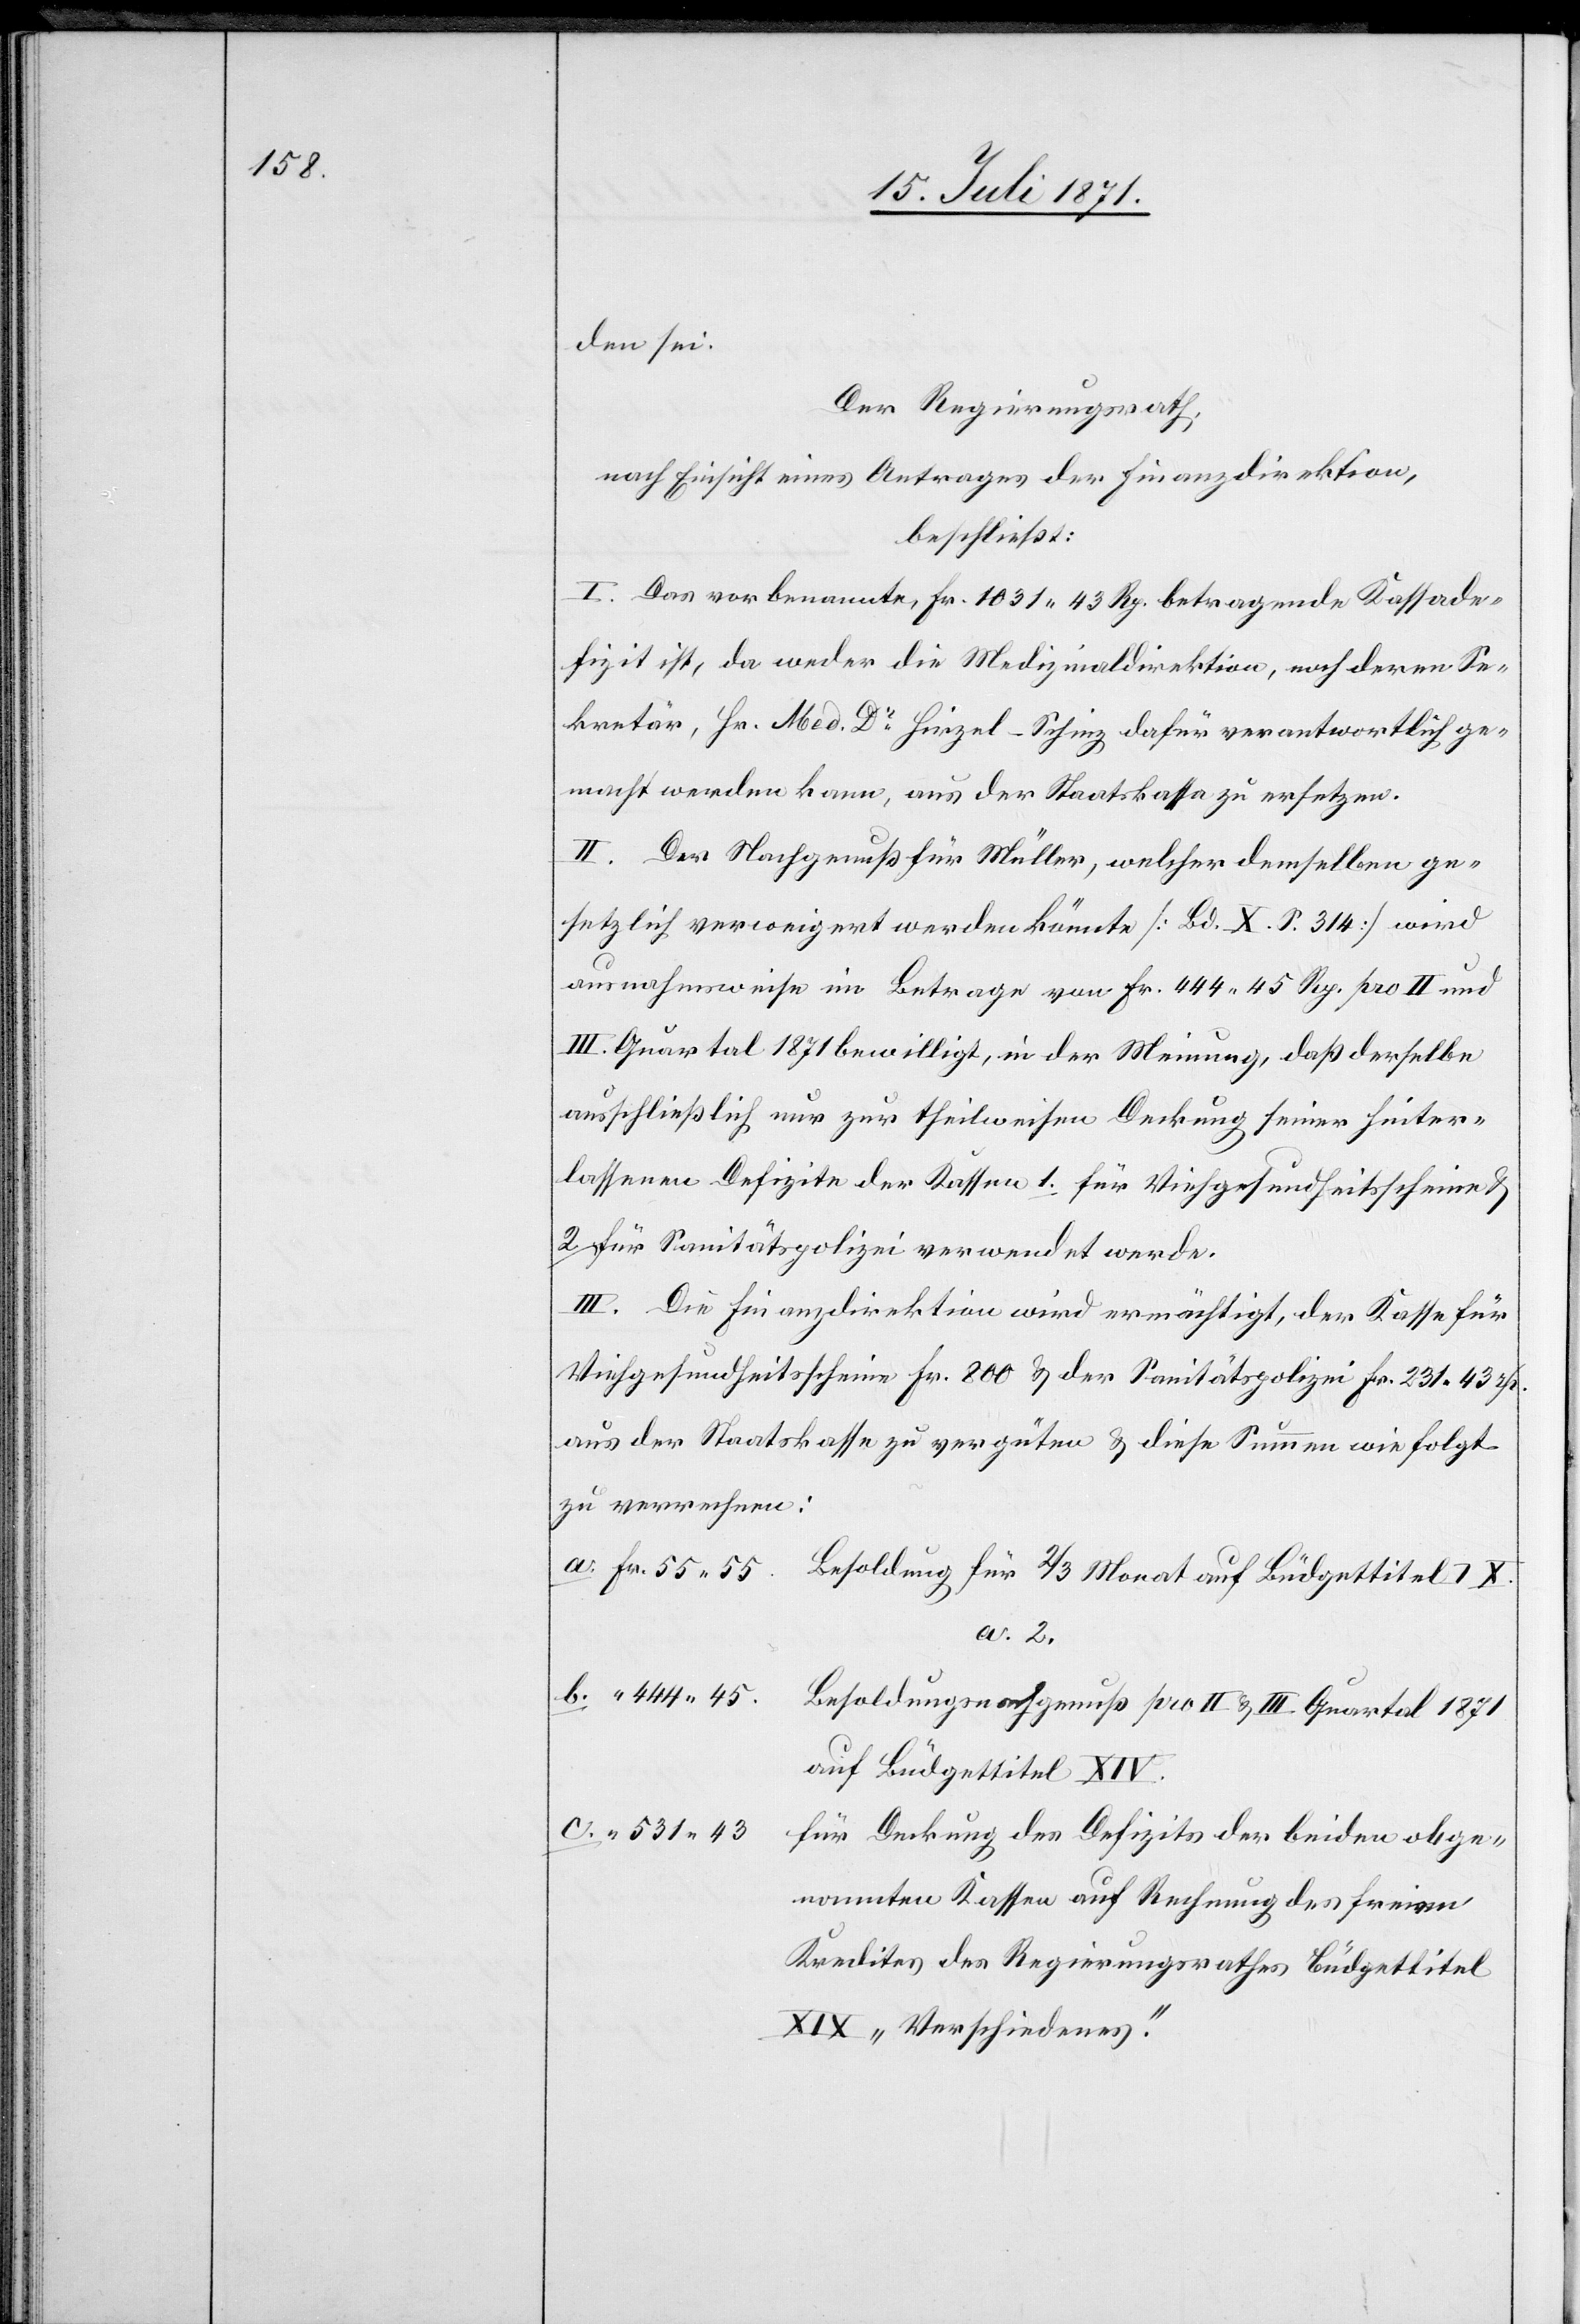
55.55.

den sei.
Der Regierungsrath;
nach Einsicht eines Antrages der Finanzdirektion,
beschließt:
I. Das vorbenannte, Fr. 1031.43 Rp. betragende Kassade¬
fizit ist, da weder die Medizinaldirektion, noch deren Se¬
kretär, Hr. Med. Dr. Hirzel-Schinz dafür verantwortlich ge¬
macht werden kann, aus der Staatskassa zu ersetzen.
II. Der Nachgenuß für Müller, welcher demselben ge¬
setzlich verweigert werden könnte [Bd. X S. 314] wird
ausnahmsweise im Betrage von Fr. 444.45 Rp. pro II und
III. Quartal 1871 bewilligt, in der Meinung, daß derselbe
ausschließlich nur zur theilweisen Deckung seiner hinter¬
lassenen Defizite der Kassen 1. für Viehgesundheitsscheine
2. für Sanitätspolizei verwendet werde.
III. Die Finanzdirektion wird ermächtigt, der Kasse für
Viehgesundheitsscheine Fr. 800 u. der Sanitätspolizei Fr. 231.43 rp.
aus der Staatskasse zu vergüten u. diese Summe wie folgt
zu verrechnen:
a. 2.
b. “ 444.45.
Besoldungsnachgenuß per II u. III Quartal 1871
auf Büdgettitel XIV.
c. “ 531.43
für Deckung des Defizits der beiden obge¬
nannten Kassen auf Rechnung des freien
Kredites des Regierungsrathes Büdgettitel
XIX „Verschiedenes“.